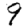
Digit: 9